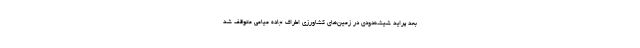
بعد پراید شیشه‌دودی در زمین‌های کشاورزی اطراف جاده میامی متوقف شد